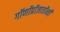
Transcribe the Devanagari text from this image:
गॉणॉप्रॉजातॉन्त्री